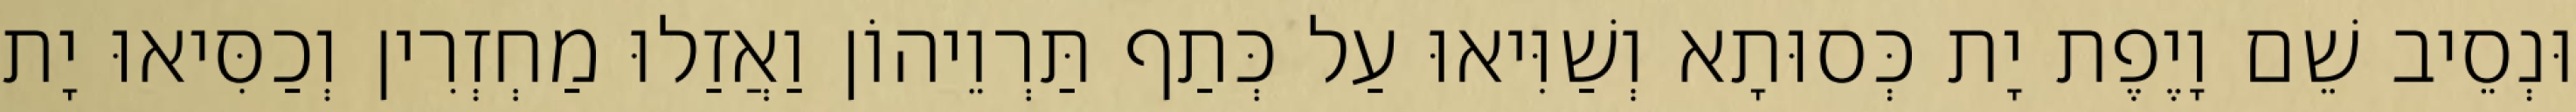
וּנְסֵיב שֵׁם וָיֶפֶת יָת כְּסוּתָא וְשַׁוִּיאוּ עַל כְּתַף תַּרְוֵיהוֹן וַאֲזַלוּ מַחְזְרִין וְכַסִּיאוּ יָת